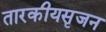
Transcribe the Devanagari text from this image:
तारकीयसृजन